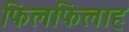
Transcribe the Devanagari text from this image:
फिलफिलाह